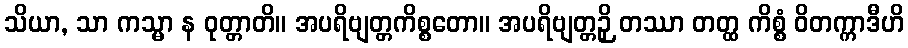
သိယာ, သာ ကသ္မာ န ဝုတ္တာတိ။ အပရိဗျတ္တကိစ္စတော။ အပရိဗျတ္တဉှိ တဿာ တတ္ထ ကိစ္စံ ဝိတက္ကာဒီဟိ